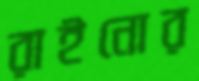
রাইনোর